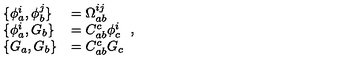
\begin{array} { l l } { \{ \phi _ { a } ^ { i } , \phi _ { b } ^ { j } \} } & { = \Omega _ { a b } ^ { i j } } \\ { \{ \phi _ { a } ^ { i } , G _ { b } \} } & { = C _ { a b } ^ { c } \phi _ { c } ^ { i } } \\ { \{ G _ { a } , G _ { b } \} } & { = C _ { a b } ^ { c } G _ { c } } \\ \end{array} ,